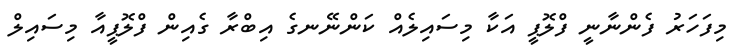
މިފަހަރު ފެންނާނީ ފްލޮޕީ އަކާ މިސައިލެއް ކަންނޭނގެ އިބްރާ ގެއިން ފްލޮޕީއާ މިސައިލް